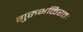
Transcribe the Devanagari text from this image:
गुरुभक्तिरतः